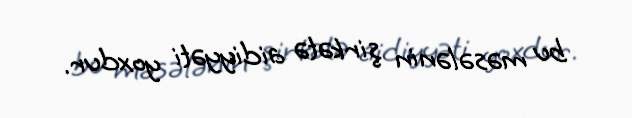
bu məsələnin şirkətə aidiyyəti yoxdur.